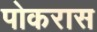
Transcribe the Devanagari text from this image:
पोकरास